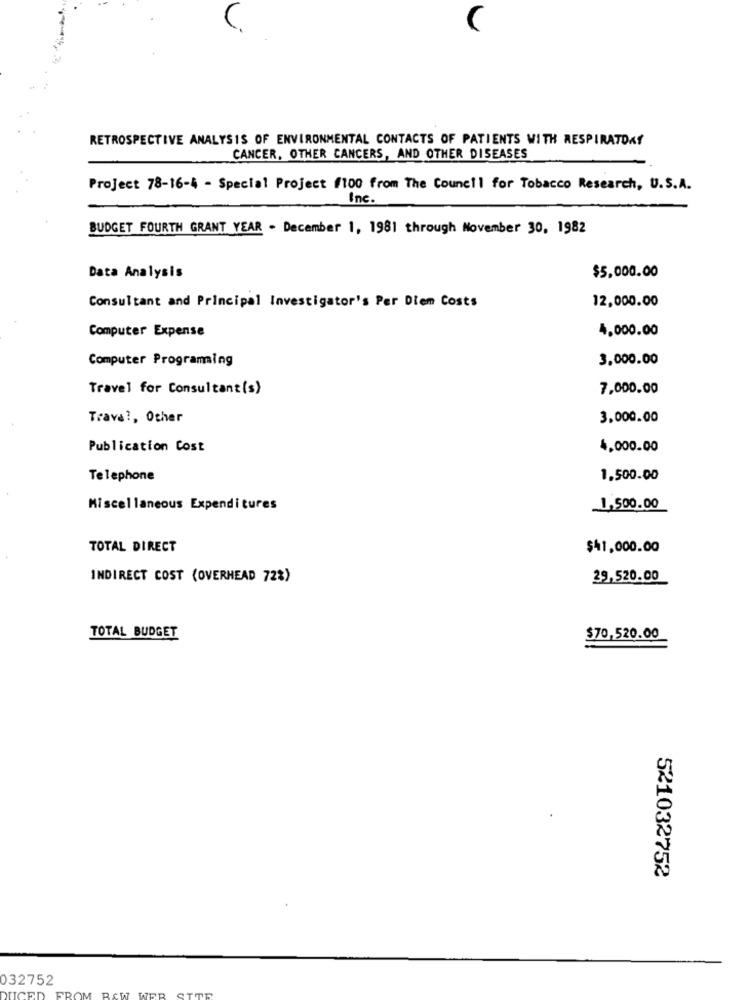
C
RETROSPECTIVE ANALYSIS OF ENVIRONMENTAL CONTACTS OF PATIENTS WITH RESPIRATOAf
CANCER, OTHER CANCERS, AND OTHER DISEASES
Project 78-16-4 - Special Project /100 from The Council for Tobacco Research, U.S.A.
Inc.
BUDGET FOURTH GRANT YEAR . December 1, 1981 through November 30, 1982
$5,000.00
Data Analysis
12,000.00
Consultant and Principal Investigator's Per Diem Costs
Computer Expense
4,000.00
Computer Programming
3,000.00
Travel for Consultant(s)
7,000.00
Trava ?, Other
3,000.00
Publication Cost
4,000.00
Telephone
1.500.00
Miscellaneous Expenditures
1,500.00
TOTAL DIRECT
$41,000.00
INDIRECT COST (OVERHEAD 72%)
29,520.00
TOTAL BUDGET
$70,520.00
521032752
032752
JUICED
FROM R